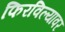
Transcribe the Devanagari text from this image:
फिरविल्यावर